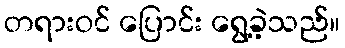
တရားဝင် ပြောင်း ရွေ့ခဲ့သည်။